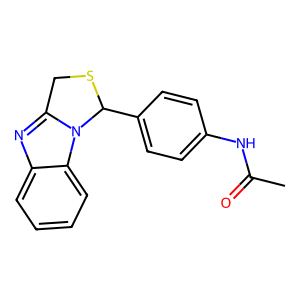
SMILES: CC(=O)Nc1ccc(C2SCc3nc4ccccc4n32)cc1
Inhibits HIV replication: No